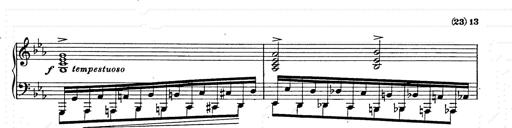
Title: Ballade No.2
Composer: Jan Skrzydlewski
Key: B minor